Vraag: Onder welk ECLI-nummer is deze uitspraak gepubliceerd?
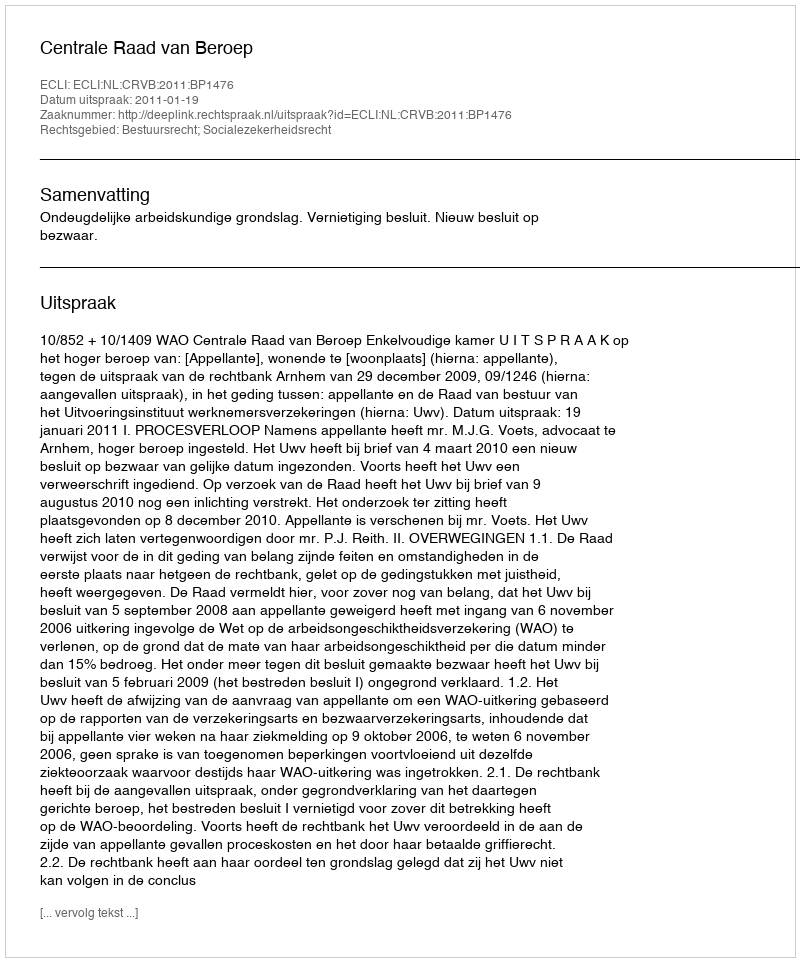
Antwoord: ECLI:NL:CRVB:2011:BP1476